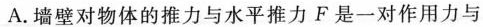
A.墙壁对物体的推力与水平推力F是一对作用力与